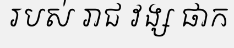
របស់ រាជ វង្ស ផាក